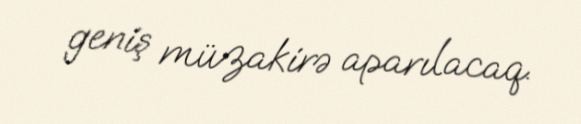
geniş müzakirə aparılacaq.